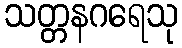
သတ္တနဂရေသု